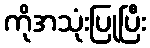
ကိုအသုံးပြုပြီး